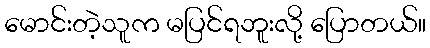
မောင်းတဲ့သူက မပြင်ရဘူးလို့ ပြောတယ်။